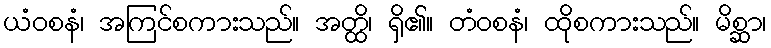
ယံဝစနံ၊ အကြင်စကားသည်။ အတ္ထိ၊ ရှိ၏။ တံဝစနံ၊ ထိုစကားသည်။ မိစ္ဆာ၊